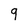
Character: 9